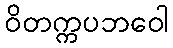
ဝိတက္ကပဘဝေါ